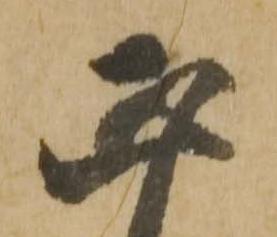
正